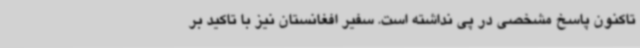
تاکنون پاسخ مشخصی در پی نداشته است. سفیر افغانستان نیز با تاکید بر